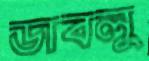
ডাবলু